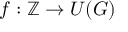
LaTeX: f : \mathbb { Z } \to U ( G )